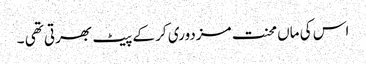
اس کی ماں محنت مزدوری کر کے پیٹ بھرتی تھی ۔